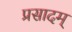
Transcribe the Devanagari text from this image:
प्रसादम्